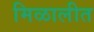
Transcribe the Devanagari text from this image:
मिळालीत